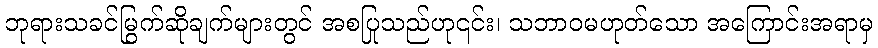
ဘုရားသခင်မြွက်ဆိုချက်များတွင် အစပြုသည်ဟု၎င်း၊ သဘာဝမဟုတ်သော အကြောင်းအရာမှ